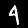
Digit: 4